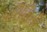
પરિણિતી